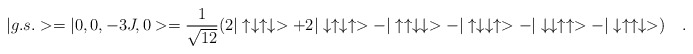
\begin{align*}|g.s.>=|0,0,-3J,0>=\frac{1}{\sqrt{12}}(2|\uparrow\downarrow\uparrow\downarrow>+2|\downarrow\uparrow\downarrow\uparrow>-|\uparrow\uparrow\downarrow \downarrow> -|\uparrow\downarrow \downarrow\uparrow>-|\downarrow \downarrow\uparrow\uparrow>-|\downarrow\uparrow\uparrow\downarrow>)\quad .\end{align*}